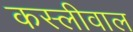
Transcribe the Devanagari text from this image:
कस्लीवाल